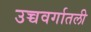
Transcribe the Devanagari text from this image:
उच्चवर्गातली